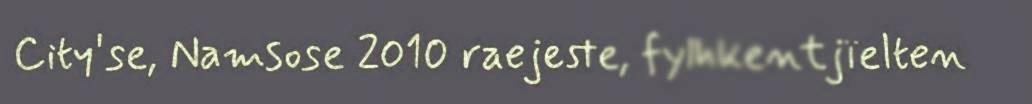
City'se, Namsose 2010 raejeste, fylhkentjïelten